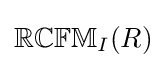
\mathbb {RCFM} _{I}(R)